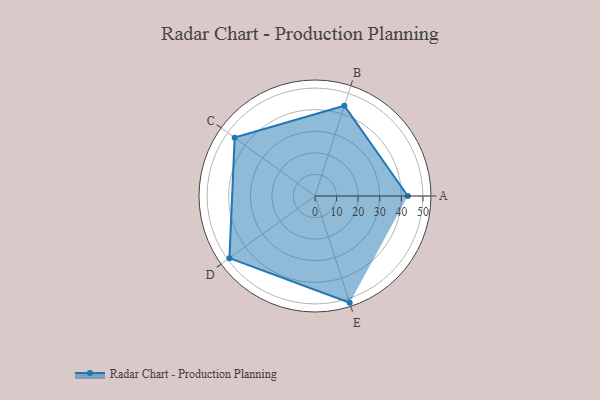
{"axis": {"x": "Skill", "y": "Score"}, "legend": ["Profile"], "data": [{"x": "A", "y": 43.0, "type": "Profile"}, {"x": "B", "y": 44.0, "type": "Profile"}, {"x": "C", "y": 46.0, "type": "Profile"}, {"x": "D", "y": 49.0, "type": "Profile"}, {"x": "E", "y": 52.0, "type": "Profile"}]}